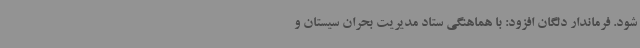
شود. فرماندار دلگان افزود: با هماهنگی ستاد مدیریت بحران سیستان و